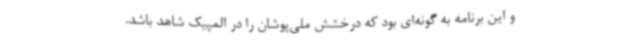
و این برنامه به گونه‌ای بود که درخشش ملی‌پوشان را در المپیک شاهد باشد.